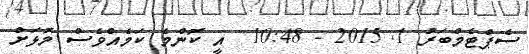
ސެޕްޓެމްބަރު 1